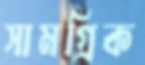
সামগ্রিক